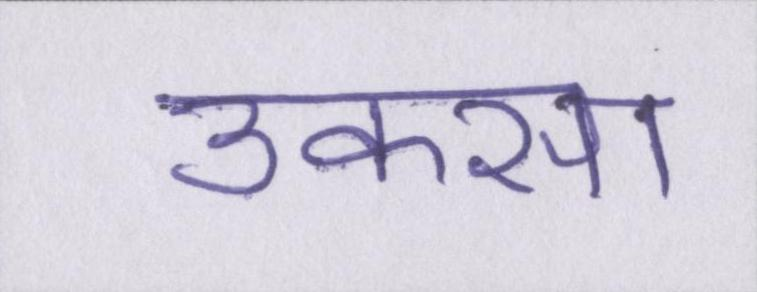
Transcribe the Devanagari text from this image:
उकसा